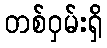
တစ်ဝှမ်းရှိ